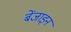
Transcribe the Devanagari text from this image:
बेंजाइन